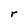
Character: r